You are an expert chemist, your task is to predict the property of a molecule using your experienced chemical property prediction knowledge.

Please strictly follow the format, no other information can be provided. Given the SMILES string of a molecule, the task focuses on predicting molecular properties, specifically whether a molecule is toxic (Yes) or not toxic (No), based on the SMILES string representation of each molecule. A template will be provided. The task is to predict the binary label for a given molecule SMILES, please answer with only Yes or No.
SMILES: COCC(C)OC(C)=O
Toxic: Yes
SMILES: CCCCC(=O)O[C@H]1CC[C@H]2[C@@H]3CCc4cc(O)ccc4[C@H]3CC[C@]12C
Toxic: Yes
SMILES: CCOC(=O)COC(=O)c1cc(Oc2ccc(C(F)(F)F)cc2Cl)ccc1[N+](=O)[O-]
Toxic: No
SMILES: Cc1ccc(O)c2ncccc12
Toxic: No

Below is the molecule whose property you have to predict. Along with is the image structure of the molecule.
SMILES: C[C@]12CC[C@H]3[C@@H](CCC4=CC(=O)CC[C@@]43C)[C@@H]1CCC2=O
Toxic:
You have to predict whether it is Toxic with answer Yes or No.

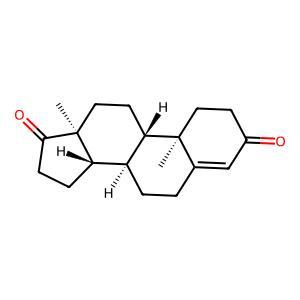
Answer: Yes